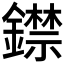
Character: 𨭺